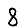
Digit: 8